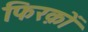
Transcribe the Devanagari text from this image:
फिरक़ों